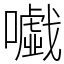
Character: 𡃰